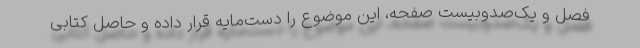
فصل و یک‌صدوبیست صفحه، این موضوع را دست‌مایه قرار داده و حاصلْ کتابی